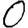
Digit: 0